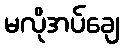
မလိုအပ်ချေ